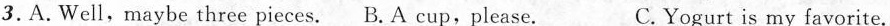
3.A.Well,maybe three pieces. B. A cup,please. C.Yogurt is my favorite.